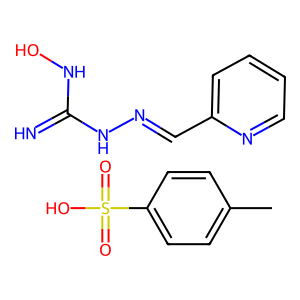
SMILES: Cc1ccc(S(=O)(=O)O)cc1.N=C(NO)NN=Cc1ccccn1
Inhibits HIV replication: No